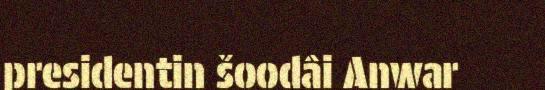
presidentin šoodâi Anwar